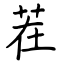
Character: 茬